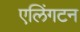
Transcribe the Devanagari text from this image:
एलिंगटन